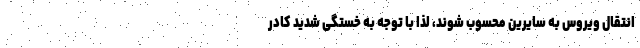
انتقال ویروس به سایرین محسوب شوند، لذا با توجه به خستگی شدید کادر